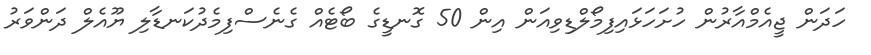
ހަދަން ޖީއެމްއާރުން ހުށަހަޅައިފިމޯލްޑިވިއަން އިން 50 ގޮނޑީގެ ބޯޓެއް ގެނެސްފިމެދުކަނޑާލި ޔޫއެލް ދަންވަރު